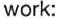
work: